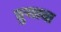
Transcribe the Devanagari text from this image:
तुऱ्याचा